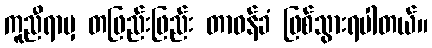
ကူညီရာမှ တဖြည်းဖြည်း တာဝန်ခံ ဖြစ်သွားရပါတယ်။